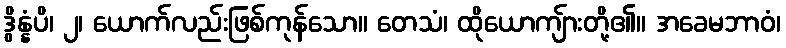
ဒွိန္နံပိ၊ ၂၊ ယောက်လည်းဖြစ်ကုန်သော။ တေသံ၊ ထိုယောကျ်ားတို့၏။ အခေမဘာဝံ၊